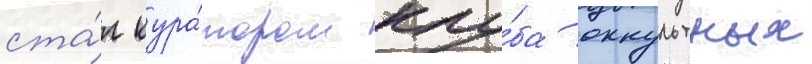
ста́л кура́тором клу́ба оккультных